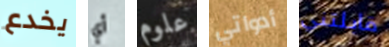
يخدع أي علوم أدواتي قابلتني